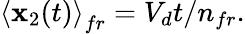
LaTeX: \left\langle\mathbf{x}_{2}(t)\right\rangle_{fr}=V_{d}t/n_{fr}.